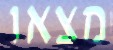
מצאו